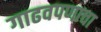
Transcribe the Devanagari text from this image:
गाढवपणाचा